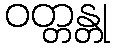
ဝတ္တန္တု